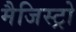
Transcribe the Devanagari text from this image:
मैजिस्ट्रो